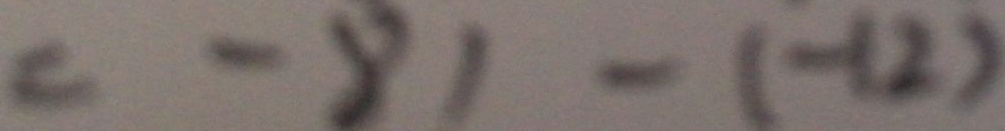
= - 8 1 - ( - 1 2 )